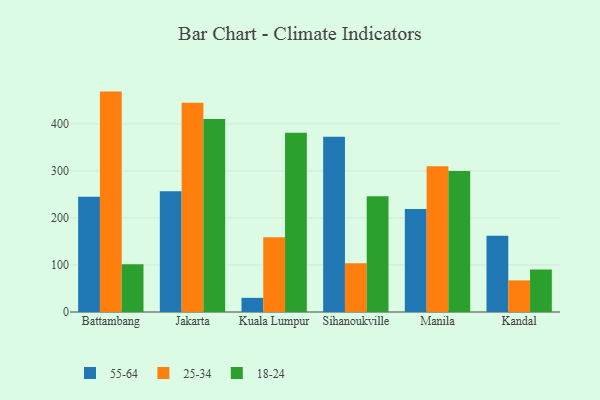
{"axis": {"x": "City", "y": "Conversion Rate (%)"}, "legend": ["18-24", "25-34", "55-64"], "data": [{"x": "Battambang", "y": 245.1, "type": "55-64"}, {"x": "Battambang", "y": 468.7, "type": "25-34"}, {"x": "Battambang", "y": 101.7, "type": "18-24"}, {"x": "Jakarta", "y": 256.6, "type": "55-64"}, {"x": "Jakarta", "y": 445.2, "type": "25-34"}, {"x": "Jakarta", "y": 410.3, "type": "18-24"}, {"x": "Kuala Lumpur", "y": 30.1, "type": "55-64"}, {"x": "Kuala Lumpur", "y": 159.2, "type": "25-34"}, {"x": "Kuala Lumpur", "y": 381.2, "type": "18-24"}, {"x": "Sihanoukville", "y": 372.7, "type": "55-64"}, {"x": "Sihanoukville", "y": 103.8, "type": "25-34"}, {"x": "Sihanoukville", "y": 246.1, "type": "18-24"}, {"x": "Manila", "y": 219.2, "type": "55-64"}, {"x": "Manila", "y": 309.8, "type": "25-34"}, {"x": "Manila", "y": 299.6, "type": "18-24"}, {"x": "Kandal", "y": 162.4, "type": "55-64"}, {"x": "Kandal", "y": 67.2, "type": "25-34"}, {"x": "Kandal", "y": 90.2, "type": "18-24"}]}